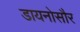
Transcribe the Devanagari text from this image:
डायनोसौर